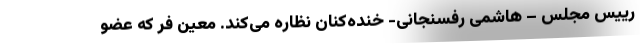
رییس مجلس – هاشمی رفسنجانی- خنده‌کنان نظاره می‌کند. معین فر که عضو